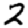
Digit: 2